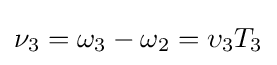
\nu _{3}=\omega _{3}-\omega _{2}=\upsilon _{3}T_{3}